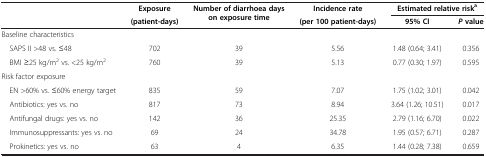
| <ROWSPAN=2>  | Exposure | <ROWSPAN=2> Number of diarrhoea days on exposure time | Incidence rate | <COLSPAN=2> Estimated relative riska |
 | (patient-days) | (per 100 patient-days) | 95% CI | P value |
 | --- | --- | --- | --- | --- | --- |
 | <COLSPAN=6> Baseline characteristics |
 | SAPS II >48 vs. ≤48 | 702 | 39 | 5.56 | 1.48 (0.64; 3.41) | 0.356 |
 | BMI ≥25 kg/m2 vs. <25 kg/m2 | 760 | 39 | 5.13 | 0.77 (0.30; 1.97) | 0.595 |
 | <COLSPAN=6> Risk factor exposure |
 | EN >60% vs. ≤60% energy target | 835 | 59 | 7.07 | 1.75 (1.02; 3.01) | 0.042 |
 | Antibiotics: yes vs. no | 817 | 73 | 8.94 | 3.64 (1.26; 10.51) | 0.017 |
 | Antifungal drugs: yes vs. no | 142 | 36 | 25.35 | 2.79 (1.16; 6.70) | 0.022 |
 | Immunosuppressants: yes vs. no | 69 | 24 | 34.78 | 1.95 (0.57; 6.71) | 0.287 |
 | Prokinetics: yes vs. no | 63 | 4 | 6.35 | 1.44 (0.28; 7.38) | 0.659 |